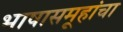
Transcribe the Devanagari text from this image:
भाषासमूहांचा